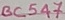
Text: BC547